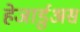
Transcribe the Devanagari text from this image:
हेजार्डुअस